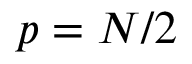
p = N / 2